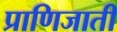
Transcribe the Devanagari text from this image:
प्राणिजाती